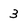
Character: 3